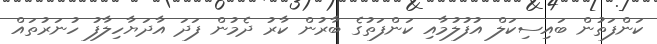
ކަންފަތުން ބައިސިކަލް އުފުލުމާއި ކަންފަތުގެ ބާރުން ކާރު ދެމުން ފަދަ އާދަޔާހިލާފު ހުނަރުތައް